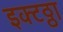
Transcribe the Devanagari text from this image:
इक्टठ्ठा